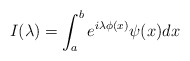
\begin{align*} I(\lambda) = \int_a^b e^{i \lambda \phi(x)} \psi(x) dx\end{align*}